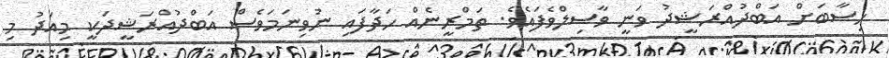
ހިސާބަށް އަބްދުއްރަޝީދު ވަނީ ވާސިލްވެފައެވެ. ތަމްރީނެއް ހަދާފައި ނުވިނަމަވެސް އަބްދުއްރަޝީދަކީ މިއަދު މި